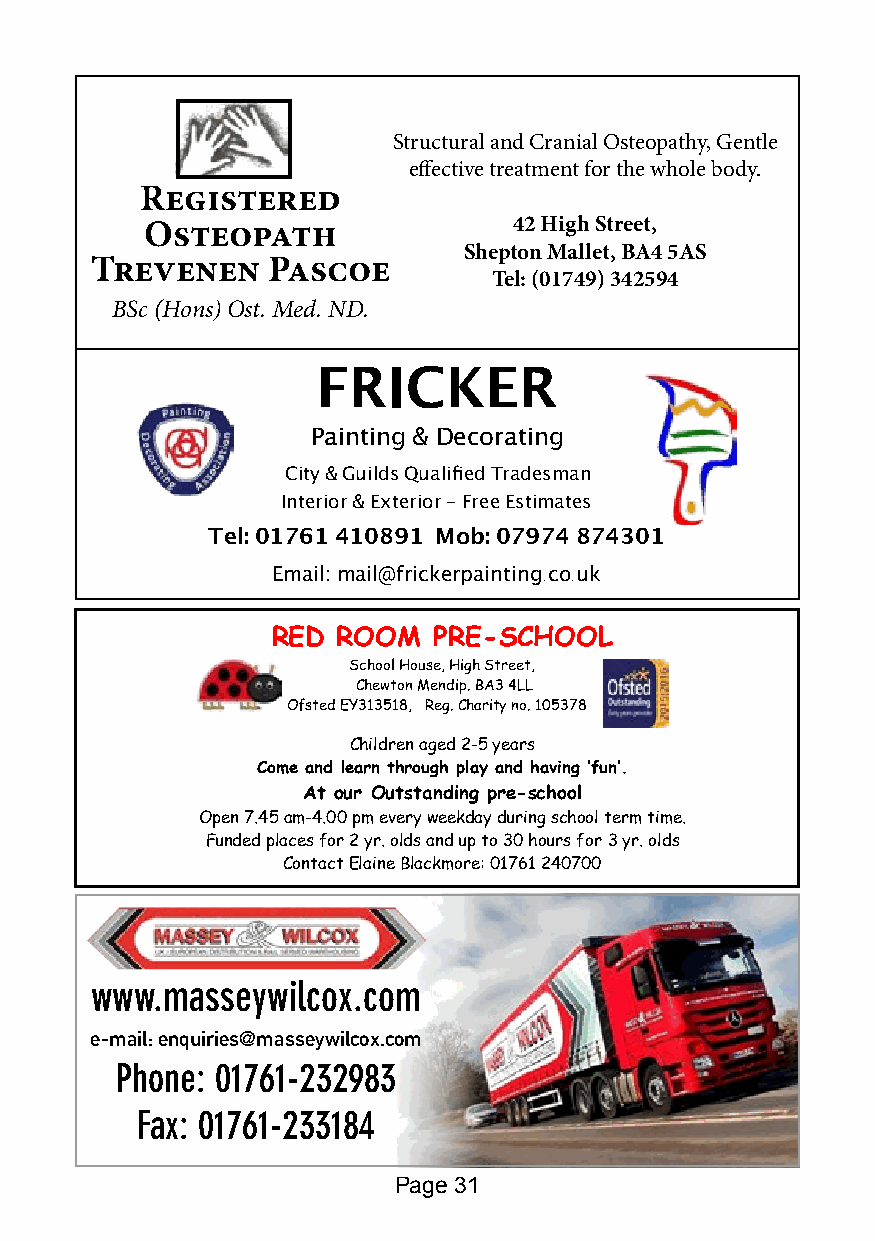
Structural and Cranial Osteopathy, Gentle
 effective treatment for the whole body.
 Registered
 Osteopath               42 High Street,
 Shepton Mallet, BA4 5AS
 Trevenen    Pascoe
 Tel: (01749) 342594
 BSc (Hons) Ost. Med. ND.
 FRICKER
 Painting & Decorating
 City & Guilds Qualified Tradesman
 Interior & Exterior - Free Estimates
 Tel: 01761 410891 Mob: 07974 874301
 Email: mail@frickerpainting.co.uk
 RED ROOM   PRE-SCHOOL
 School House, High Street,
 Chewton Mendip. BA3 4LL
 Ofsted EY313518, Reg. Charity no. 1053784.
 Children aged 2-5 years
 Come and learn through play and having ‘fun’.
 At our Outstanding pre-school
 Open 7.45 am-4.00 pm every weekday during school term time.
 Funded places for 2 yr. olds and up to 30 hours for 3 yr. olds
 Contact Elaine Blackmore: 01761 240700
 www.masseywilcox.com
 e-mail: enquiries@masseywilcox.com
 Phone: 01761-232983
 Fax: 01761-233184
 Page 31